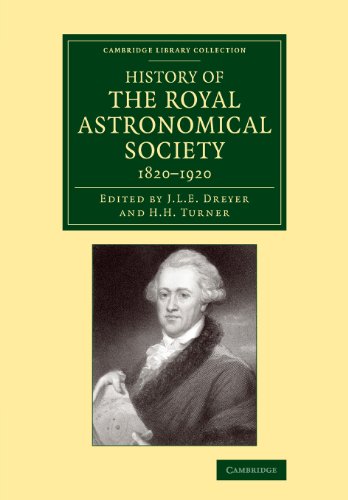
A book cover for History of the Royal Astronomical Society, 1820-1920 (Cambridge Library Collection - Astronomy); John Louis Emil Dreyer; Science & Math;